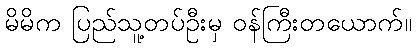
မိမိက ပြည်သူ့တပ်ဦးမှ ဝန်ကြီးတယောက်။